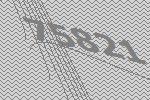
75821